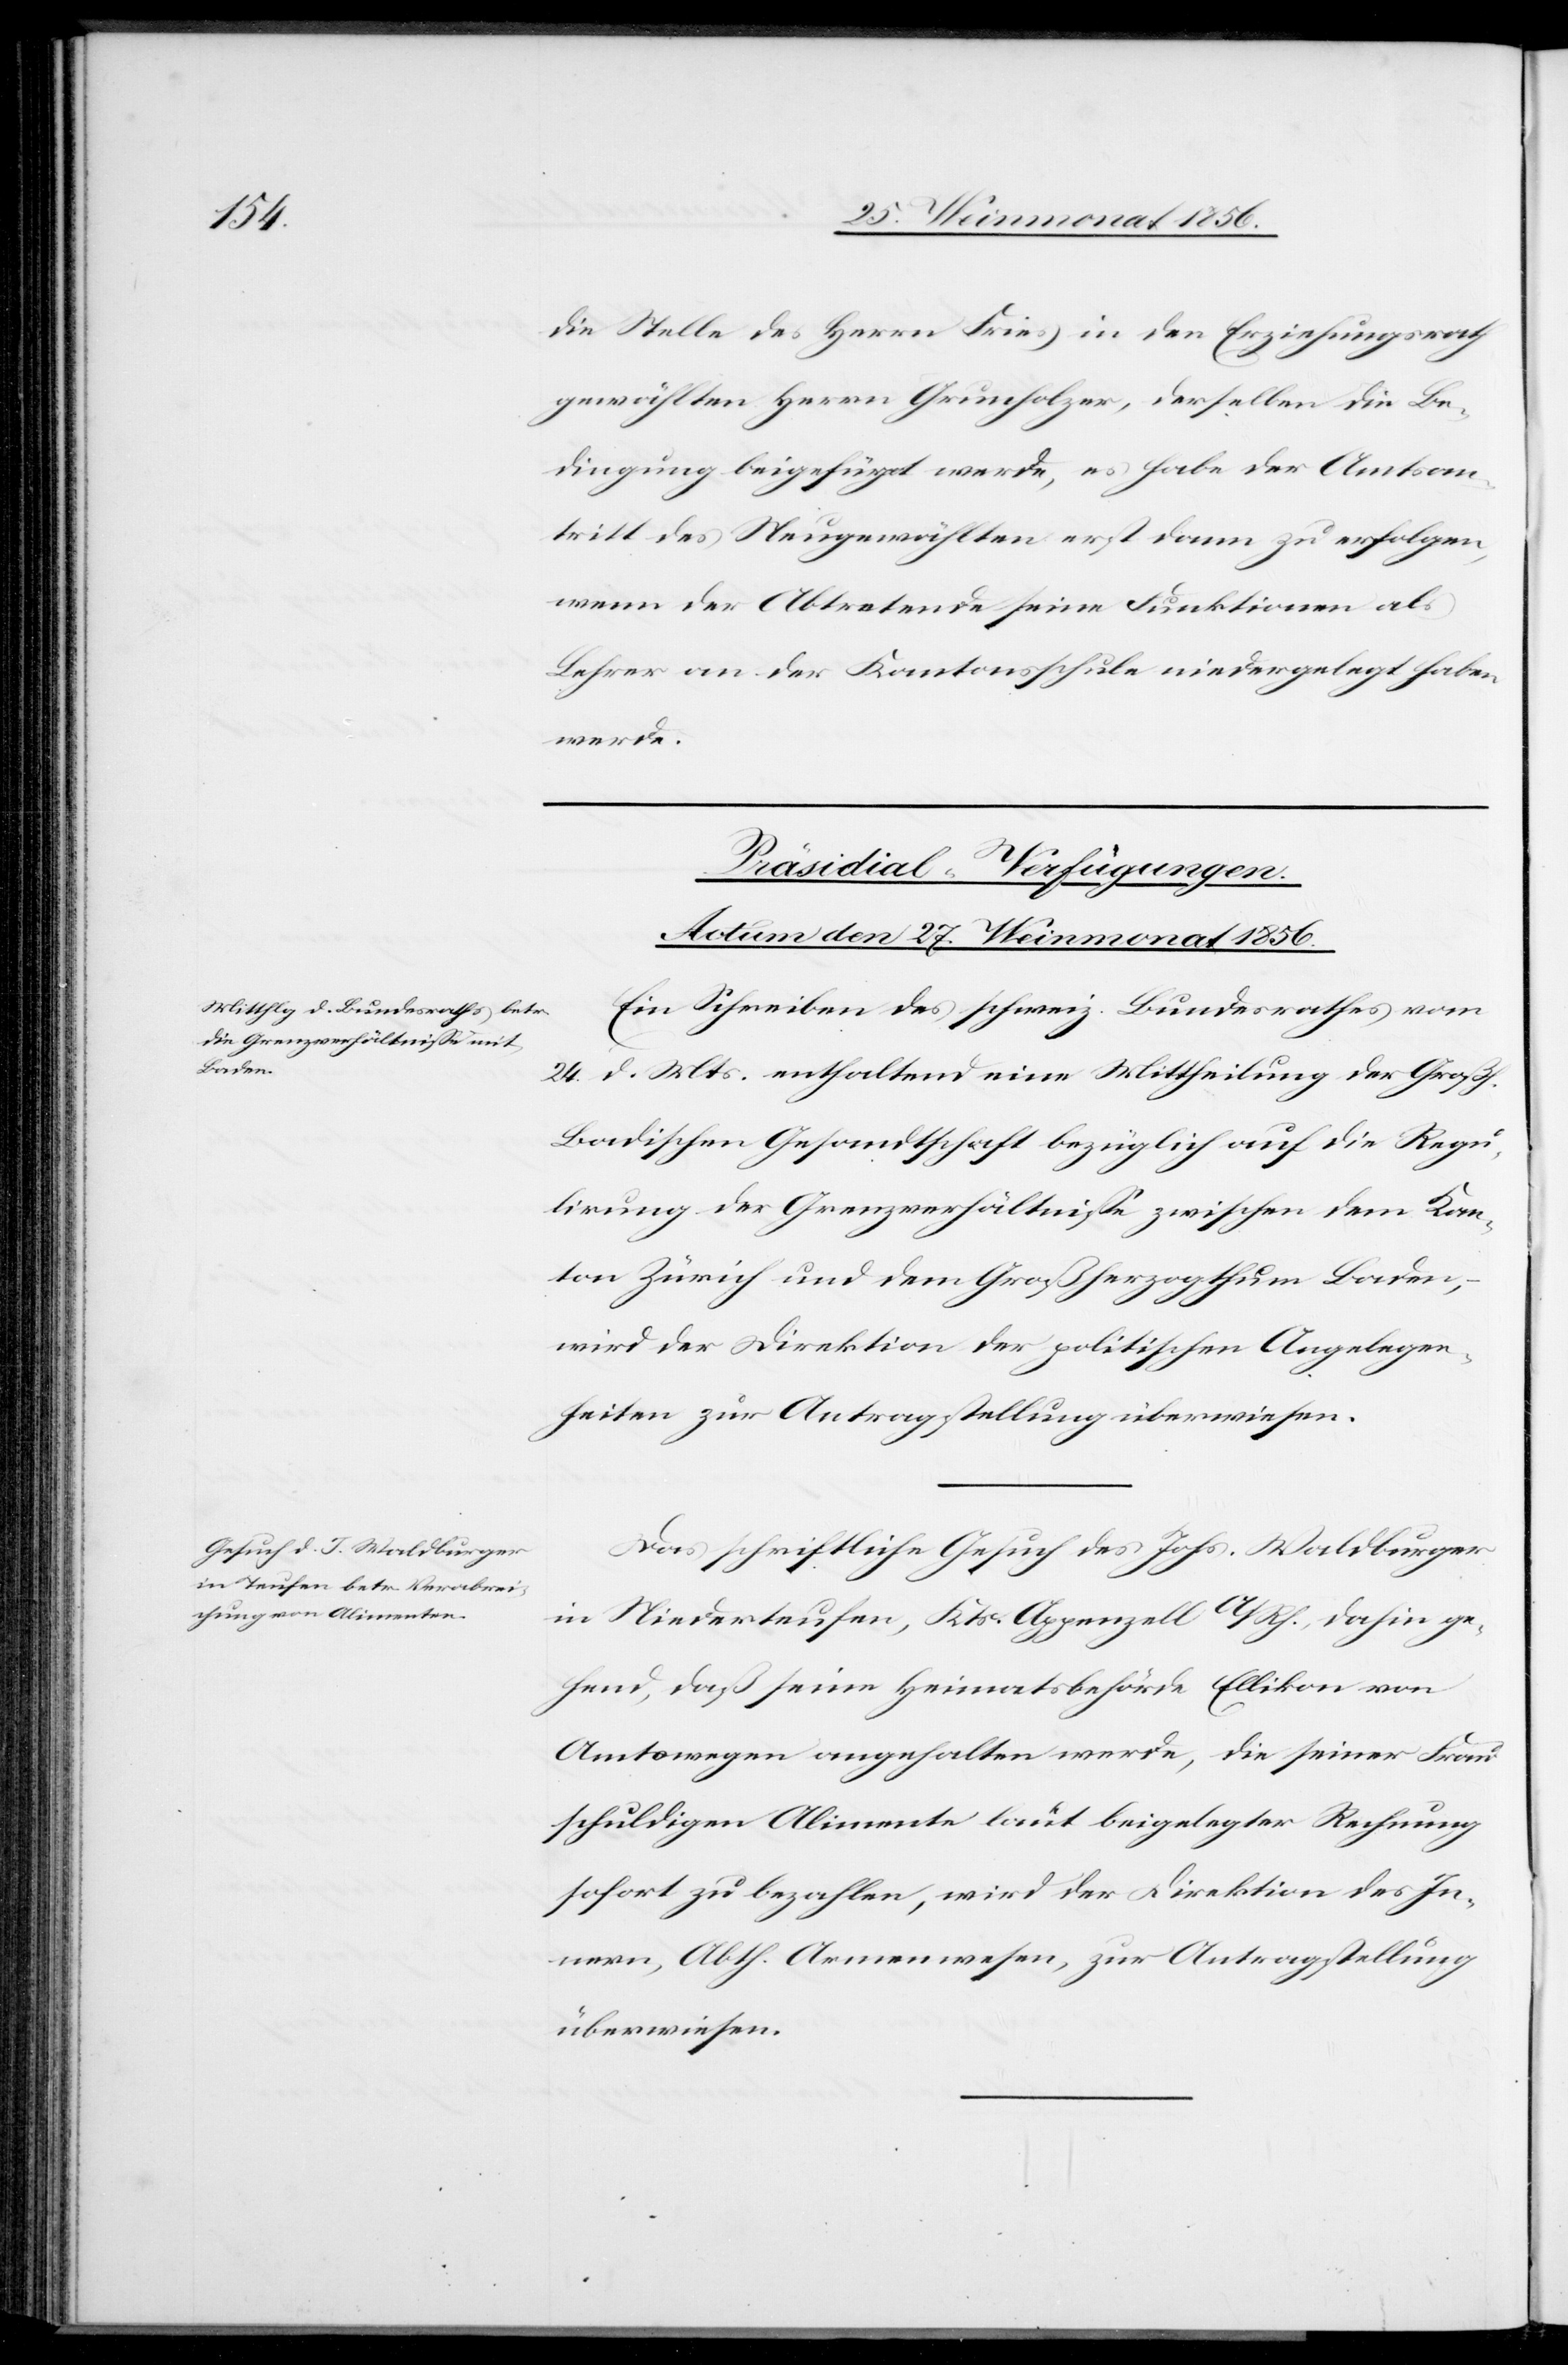
die Stelle des Herrn Fries in den Erziehungsrath
gewählten Herrn Grunholzer, derselben die Be¬
dingung beigefügt werde, es habe der Amtsan¬
tritt des Neugewählten erst dann zu erfolgen,
wenn der Abtretende seine Funktionen als
Lehrer an der Kantonsschule niedergelegt haben
werde.
[Präsidial-Verfügungen.
Actum den 27. Weinmonat 1856.]
Ein Schreiben des schweiz. Bundesrathes vom
24. d. Mts. enthaltend eine Mittheilung der Großh.
Badischen Gesandtschaft bezüglich auf die Regu¬
lirung der Grenzverhältnisse zwischen dem Kan¬
ton Zürich und dem Großherzogthum Baden,
wird der Direktion der politischen Angelegen¬
heiten zur Antragstellung überwiesen.
Das schriftliche Gesuch des Johs. Waldburger
in Niederteufen, Kts. Appenzell A/Rh., dahin ge¬
hend, daß seine Heimatsbehörde Ellikon von
Amtswegen angehalten werde, die seiner Frau
schuldigen Alimente laut beigelegter Rechnung
sofort zu bezahlen, wird der Direktion des In¬
nern, Abth. Armenwesen, zur Antragstellung
überwiesen.